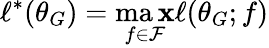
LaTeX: \ell^{*}(\theta_{G})=\operatorname*{ma\mathbf{x}}_{f\in\mathcal{{F}}}\ell(\theta_{G};f)